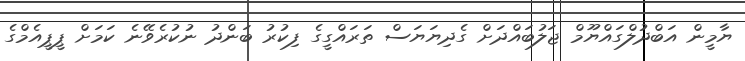
ޔާމީން އަބްދުލްގައްޔޫމް ޖަލުބައްދަށް ގެދިޔަޔަސް ތަރައްގީގެ ފިކުރު ބަންދު ނުކުރެވޭނެ ކަަމަށް ޕީޕީއެމްގެ